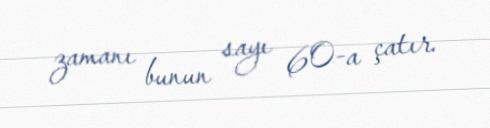
zamanı bunun sayı 60-a çatır.